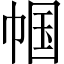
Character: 帼